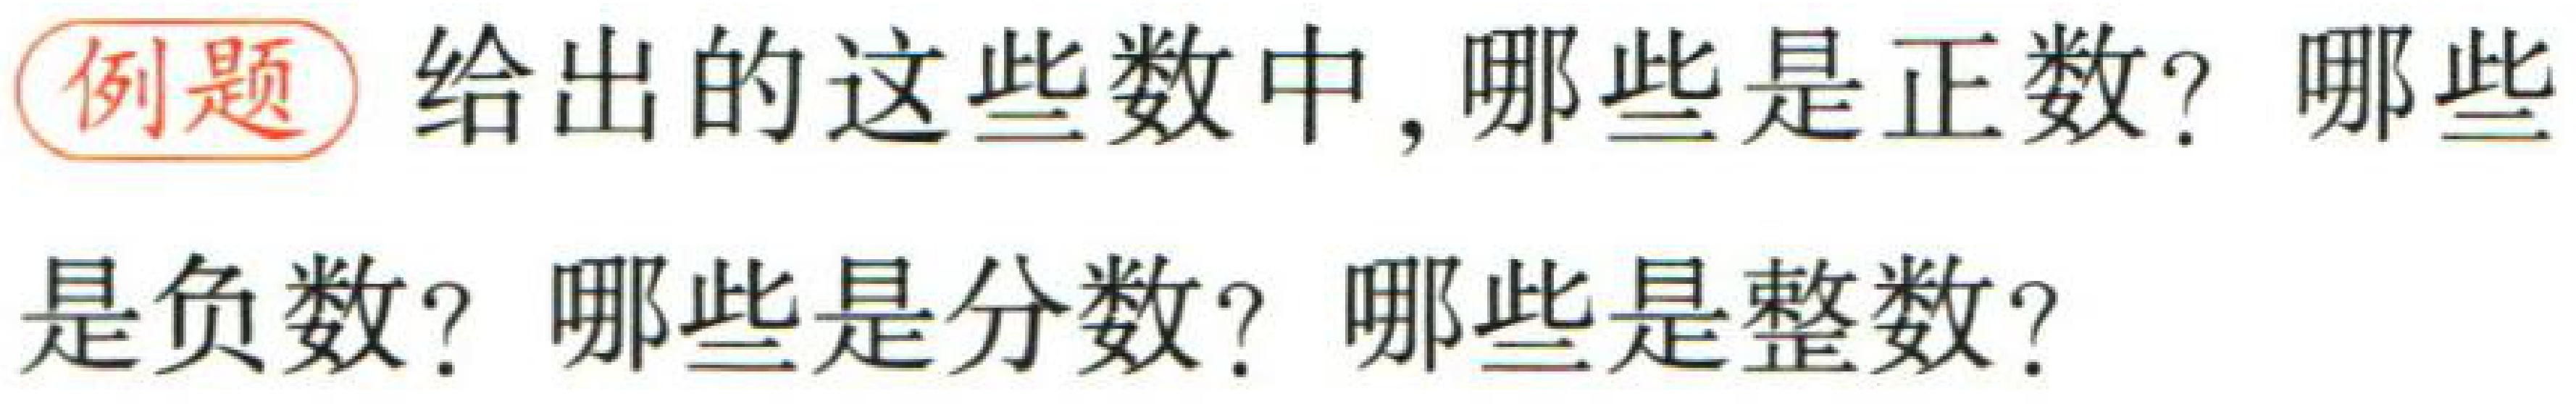
例题 给出的这些数中，哪些是正数？哪些是负数？哪些是分数？哪些是整数？